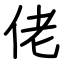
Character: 佬